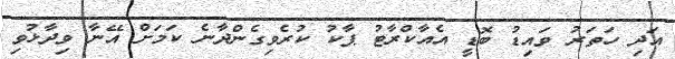
އަދި ހަތަރު ވައިޑު ބޮޑީ އެއާކްރާޓު ޕާކު ކުރެވިގެންދާނެ ކަމަށް އޭނާ ވިދާޅުވި